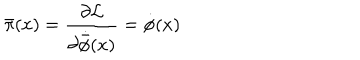
LaTeX: { \bar { \pi } } ( x ) = \frac { \partial { \cal L } } { \partial { \dot { \bar { \phi } } } ( x ) } = { \dot { \phi } } ( x )